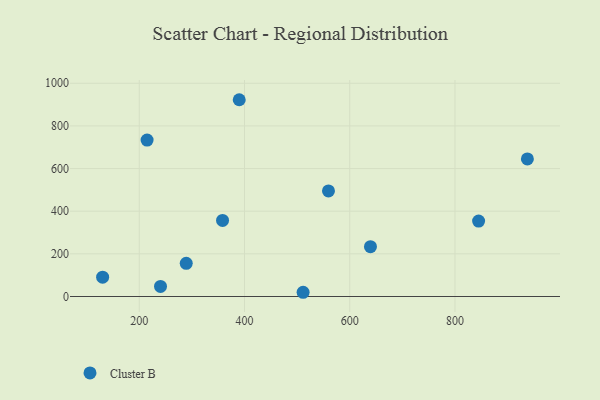
{"axis": {"x": "Experience", "y": "Rating"}, "legend": ["Cluster B"], "data": [{"x": "240.4", "y": 47.3, "type": "Cluster B"}, {"x": "214.9", "y": 733.7, "type": "Cluster B"}, {"x": "390.0", "y": 922.8, "type": "Cluster B"}, {"x": "844.9", "y": 353.6, "type": "Cluster B"}, {"x": "937.6", "y": 645.2, "type": "Cluster B"}, {"x": "639.4", "y": 233.5, "type": "Cluster B"}, {"x": "511.4", "y": 19.8, "type": "Cluster B"}, {"x": "130.4", "y": 90.8, "type": "Cluster B"}, {"x": "358.3", "y": 356.6, "type": "Cluster B"}, {"x": "289.3", "y": 155.6, "type": "Cluster B"}, {"x": "559.6", "y": 495.2, "type": "Cluster B"}]}